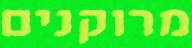
מרוקנים